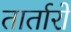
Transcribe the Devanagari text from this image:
तार्तारों